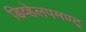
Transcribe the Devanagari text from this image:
डिव्हेलपमण्ट्